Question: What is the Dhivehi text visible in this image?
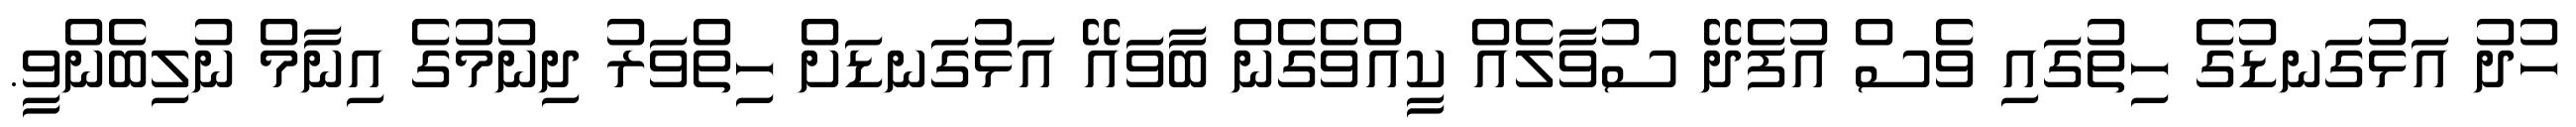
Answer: ހުދު އަޅުގަނޑުގެ ހިތުގައި ވެސް އުފެދޭ ސުވާލެއް ކީއްވެގެން ބާވައޭ އަޅުގަނޑަށް ހިތްވަރު ދިނުމުގެ އިނާމް ނުލިބެންވީ.